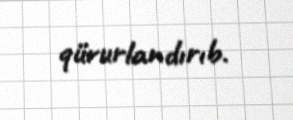
qürurlandırıb.